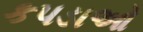
કપડાઓ